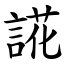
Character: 誮